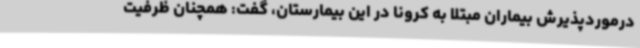
درموردپذیرش بیماران مبتلا به کرونا در این بیمارستان، گفت: همچنان ظرفیت